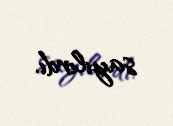
sayılırdı.